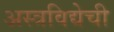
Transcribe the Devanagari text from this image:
अस्त्रविद्येची